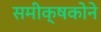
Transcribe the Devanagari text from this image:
समीक्षकोने